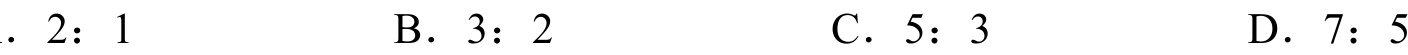
．\(2:1\)  B．\(3:2\)  C．\(5:3\)  D．\(7:5\)